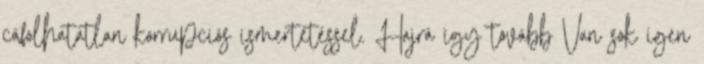
cáfolhatatlan korrupciós ismertetéssel. Hajrá így tovább Van sok igen